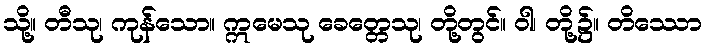
သို့။ တီသု၊ ကုန်သော။ ဣမေသု ခေတ္တေသု၊ တို့တွင်။ ဝါ၊ တို့၌။ တိဿော